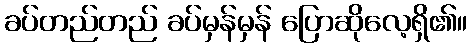
ခပ်တည်တည် ခပ်မှန်မှန် ပြောဆိုလေ့ရှိ၏။